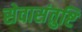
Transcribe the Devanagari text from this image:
सेवासंतुष्टि